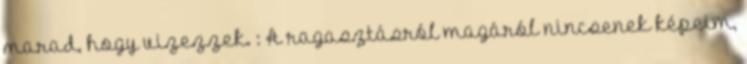
marad, hogy vizezzek. : A ragasztásról magáról nincsenek képeim,